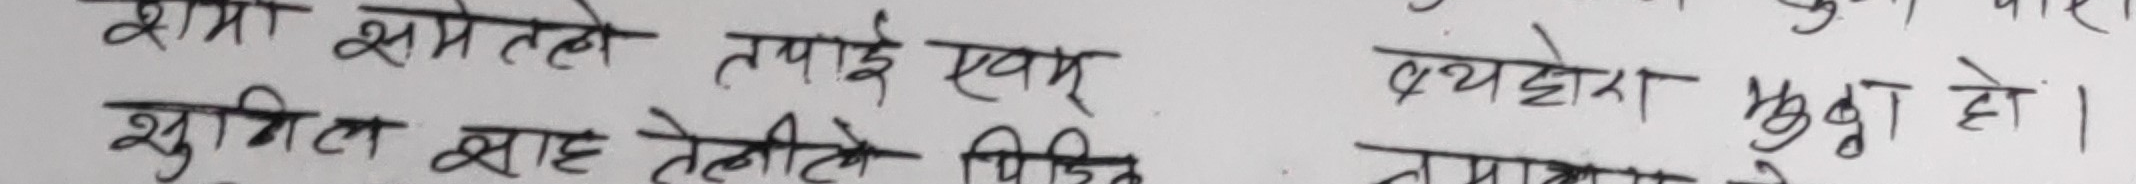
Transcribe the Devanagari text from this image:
शर्मा समेतले तपाइँ एवम्
शुमिल शाह तेलीले पिज
ब्यहोरा मुद्धा हो।